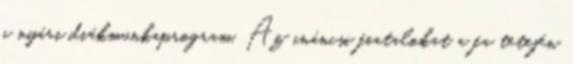
a nyári diákmunkaprogram. Az ináncsi fiatalokat a fa tetején